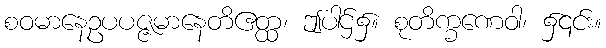
စဝမာနေဥပပဇ္ဇမာနေတိဧတ္ထ၊ ဤပါဌ်၌။ စုတိက္ခဏေဝါ၊ ၌၎င်း။